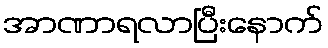
အာဏာရလာပြီးနောက်